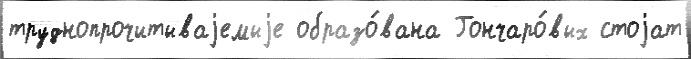
труднопрочитываjемыjе образо́вана Гончаро́вых стоjат